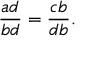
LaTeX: { \frac { a d } { b d } } = { \frac { c b } { d b } } .